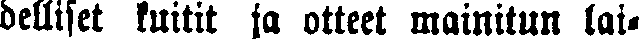
delliset kuitit ja otteet mainitun lai-